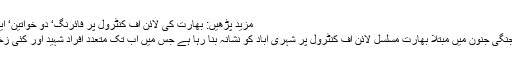
مزید پڑھیں: بھارت کی لائن آف کنٹرول پر فائرنگ‘ دو خواتین‘ ایک شہری زخمی
واضح رہے کہ جنگی جنون میں مبتلا بھارت مسلسل لائن آف کنٹرول پر شہری آباد کو نشانہ بنا رہا ہے جس میں اب تک متعدد افراد شہید اور کئی زخمی ہوچکے ہیں۔